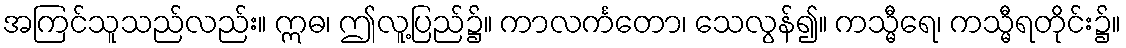
အကြင်သူသည်လည်း။ ဣဓ၊ ဤလူ့ပြည်၌။ ကာလင်္ကတော၊ သေလွန်၍။ ကသ္မီရေ၊ ကသ္မီရတိုင်း၌။